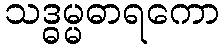
သဒ္ဓမ္မဓာရကော